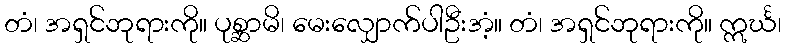
တံ၊ အရှင်ဘုရားကို။ ပုစ္ဆာမိ၊ မေးလျှောက်ပါဦးအံ့။ တံ၊ အရှင်ဘုရားကို။ ဣင်္ဃ၊